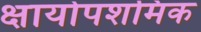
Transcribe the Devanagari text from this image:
क्षायोपशमिक